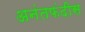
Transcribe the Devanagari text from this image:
अनंतफंदीस